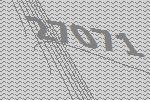
27071